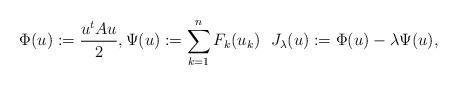
LaTeX: \begin{align*}\Phi(u):=\frac{u^{t}Au}{2}, \Psi(u):=\sum_{k=1}^{n}F_{k}(u_{k}) \ \ J_{\lambda}(u):=\Phi(u)- \lambda \Psi(u),\end{align*}